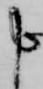
申